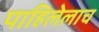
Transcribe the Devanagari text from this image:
पाहिलेलाच